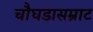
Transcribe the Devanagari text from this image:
चौघडासम्राट